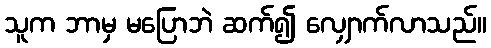
သူက ဘာမှ မပြောဘဲ ဆက်၍ လျှောက်လာသည်။